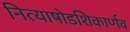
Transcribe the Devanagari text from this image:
नित्याषोडशिकार्णव